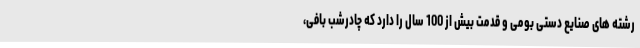
رشته های صنایع دستی بومی و قدمت بیش از 100 سال را دارد که چادرشب بافی،